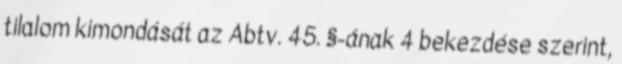
tilalom kimondását az Abtv. 45. §-ának 4 bekezdése szerint,